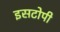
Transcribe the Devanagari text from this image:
इसटोपी